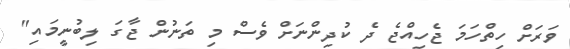
ވަރަށް ހިތްހަމަ ޖެހިއްޖެ ދެ ކުދިންނަށް ވެސް މި ތަނުން ޖާގަ ލިބުނީމައި"